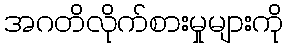
အဂတိလိုက်စားမှုများကို